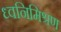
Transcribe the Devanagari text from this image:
ध्वनिमिश्रण